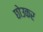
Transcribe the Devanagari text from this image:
छोउकर